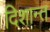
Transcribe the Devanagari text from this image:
दिशान्त